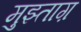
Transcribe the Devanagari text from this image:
मुझ्ताग़